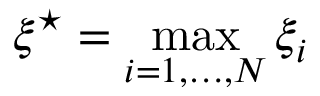
\xi ^ { \star } = \operatorname* { m a x } _ { i = 1 , \dots , N } \xi _ { i }